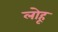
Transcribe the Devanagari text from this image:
लोहू